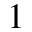
_ { 1 }